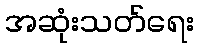
အဆုံးသတ်ရေး